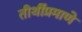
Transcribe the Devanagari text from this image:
तीथींप्रमाणे